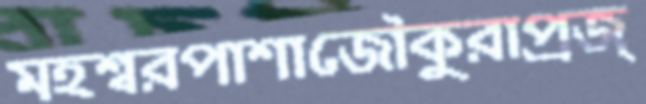
মহশ্বরপাশাজৌকুরাপ্রজ্